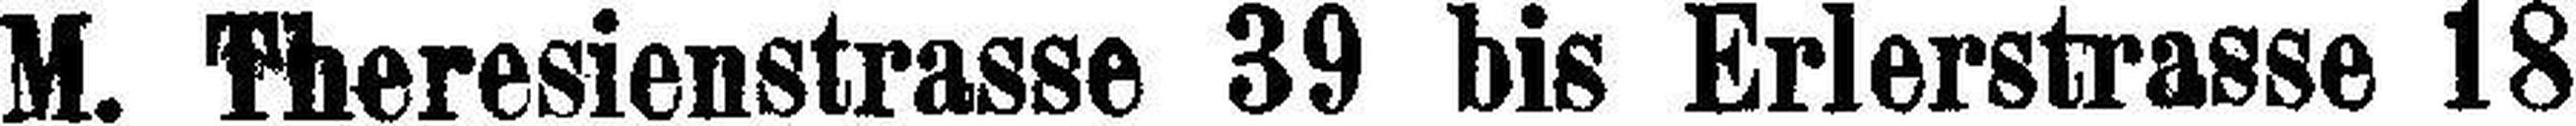
M. Theresienstrasse 39 bis Erlerstrasse 18